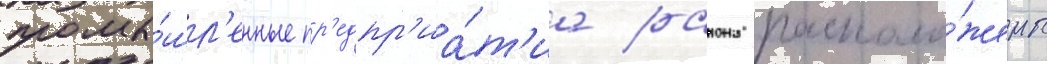
промы́шл'енные пр'едпр'иа́т'иа раиона располо́жены